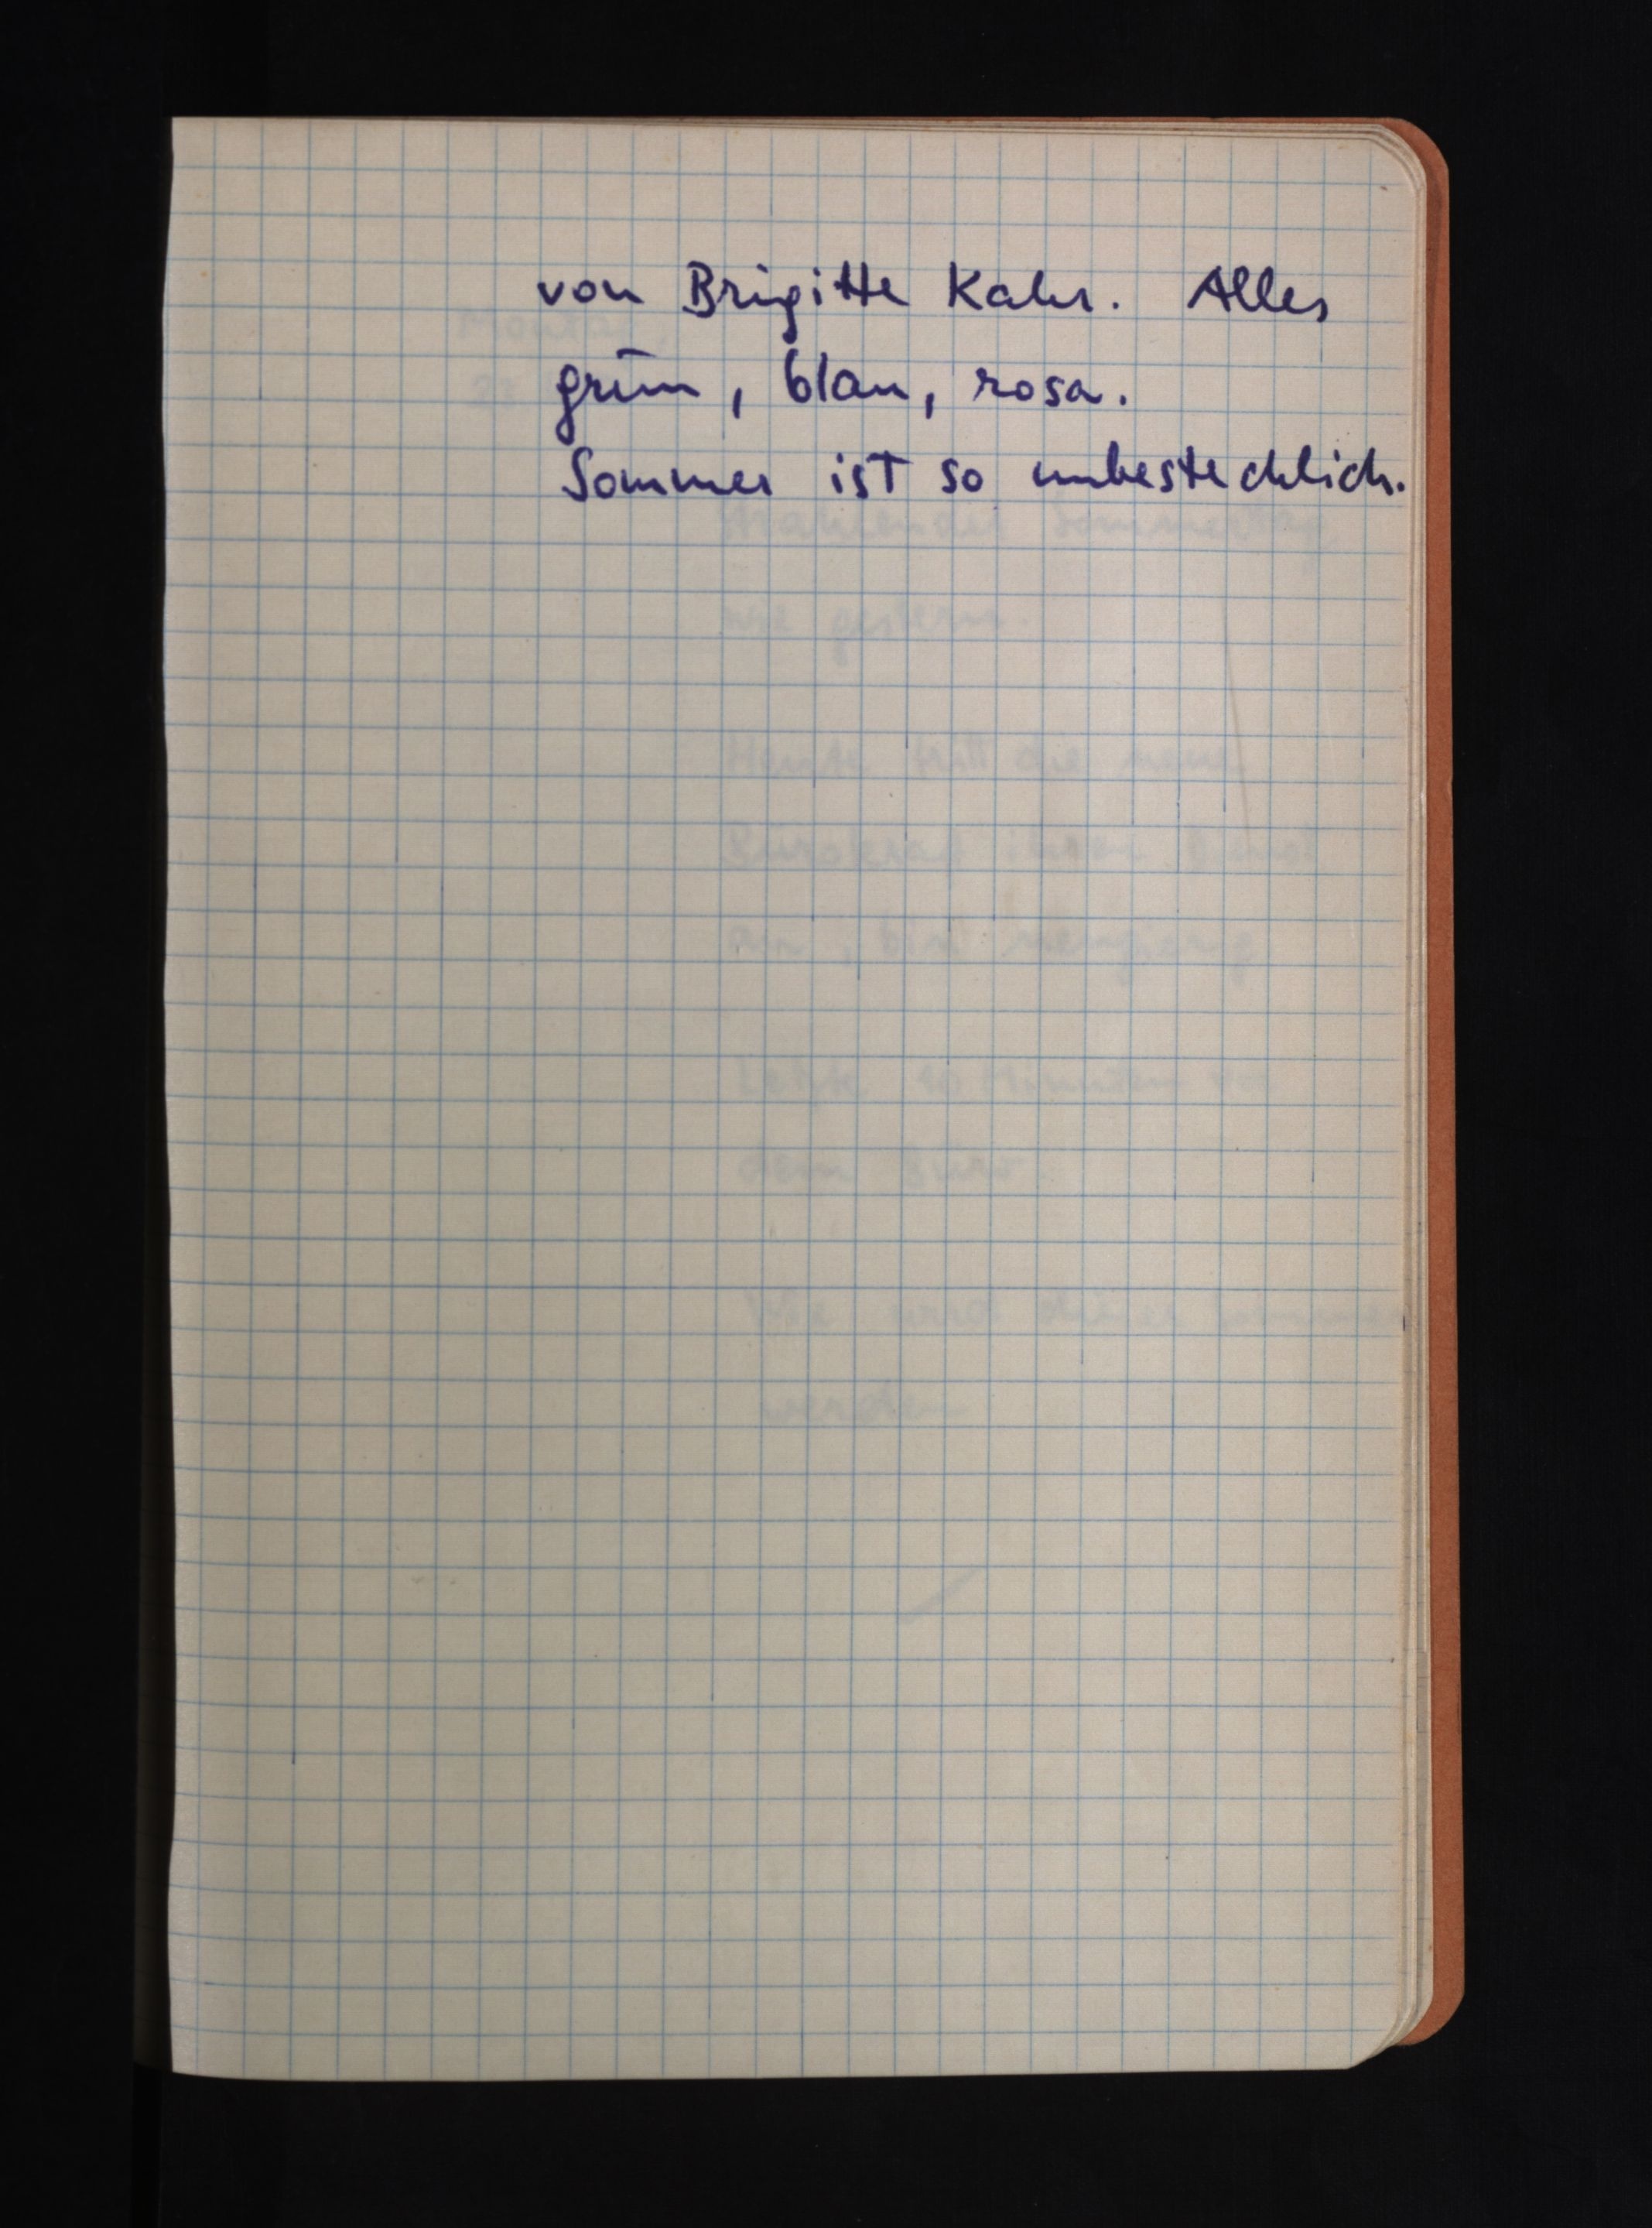
von Brigitte Kahr. Alles
grün, blau, rosa.
Sommer ist so unbestechlich.